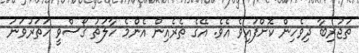
ތަޖުރިބާ ދިވެހިން ކޮށްފައިވެ އެވެ. އޭގެ ތެރެއިން އެންމެ ހާލަތު ގޯސްވީ ހަތަރުވަނަ